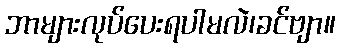
ဘာများလုပ်ပေးရပါမလဲ၊ခင်ဗျာ။